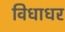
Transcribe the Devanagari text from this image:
विधाधर